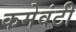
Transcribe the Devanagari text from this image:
कमेवंटी